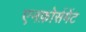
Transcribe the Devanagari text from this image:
एनफ़ोर्समेंट